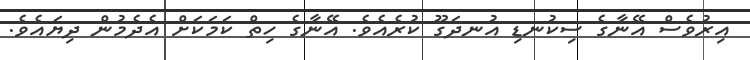
އިރުވެސް އޭނާގެ ސިކުނޑި އުނދަގޫ ކުރެއެވެ. އޭނާގެ ހިތް ކަމަކަށް އެދެމުން ދިޔައެވެ.